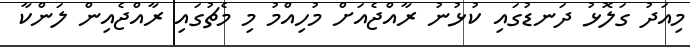
މިއަދު ގަލޮޅު ދަނޑުގައި ކުޅުނު ރާއްޖެއަށް މުހިއްމު މި މެޗުގައި ރާއްޖެއިން ލަންކާ